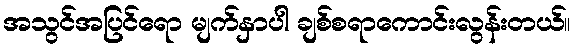
အသွင်အပြင်ရော မျက်နှာပါ ချစ်စရာကောင်းလွန်းတယ်။